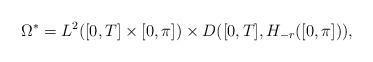
LaTeX: \begin{align*} \Omega^* = L^2([0,T] \times [0,\pi]) \times D([0,T], H_{-r}([0,\pi])), \end{align*}